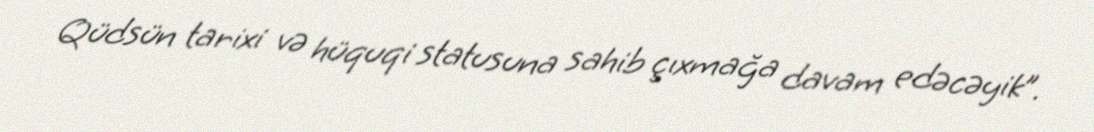
Qüdsün tarixi və hüquqi statusuna sahib çıxmağa davam edəcəyik”.